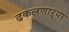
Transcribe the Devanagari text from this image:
ढकलणाऱ्या